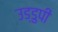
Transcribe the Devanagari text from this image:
उड्डुपी